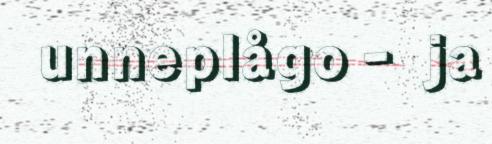
unneplågo‐ ja